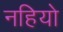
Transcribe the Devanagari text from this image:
नहियो